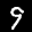
Label: 9